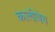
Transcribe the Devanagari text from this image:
कालीचेच